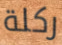
ركلة